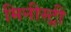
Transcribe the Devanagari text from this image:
मिनीस्‍ट्री